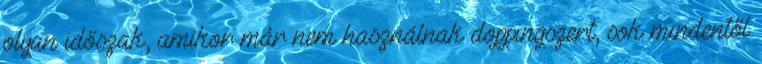
olyan időszak, amikor már nem használnak doppingszert, sok mindentől